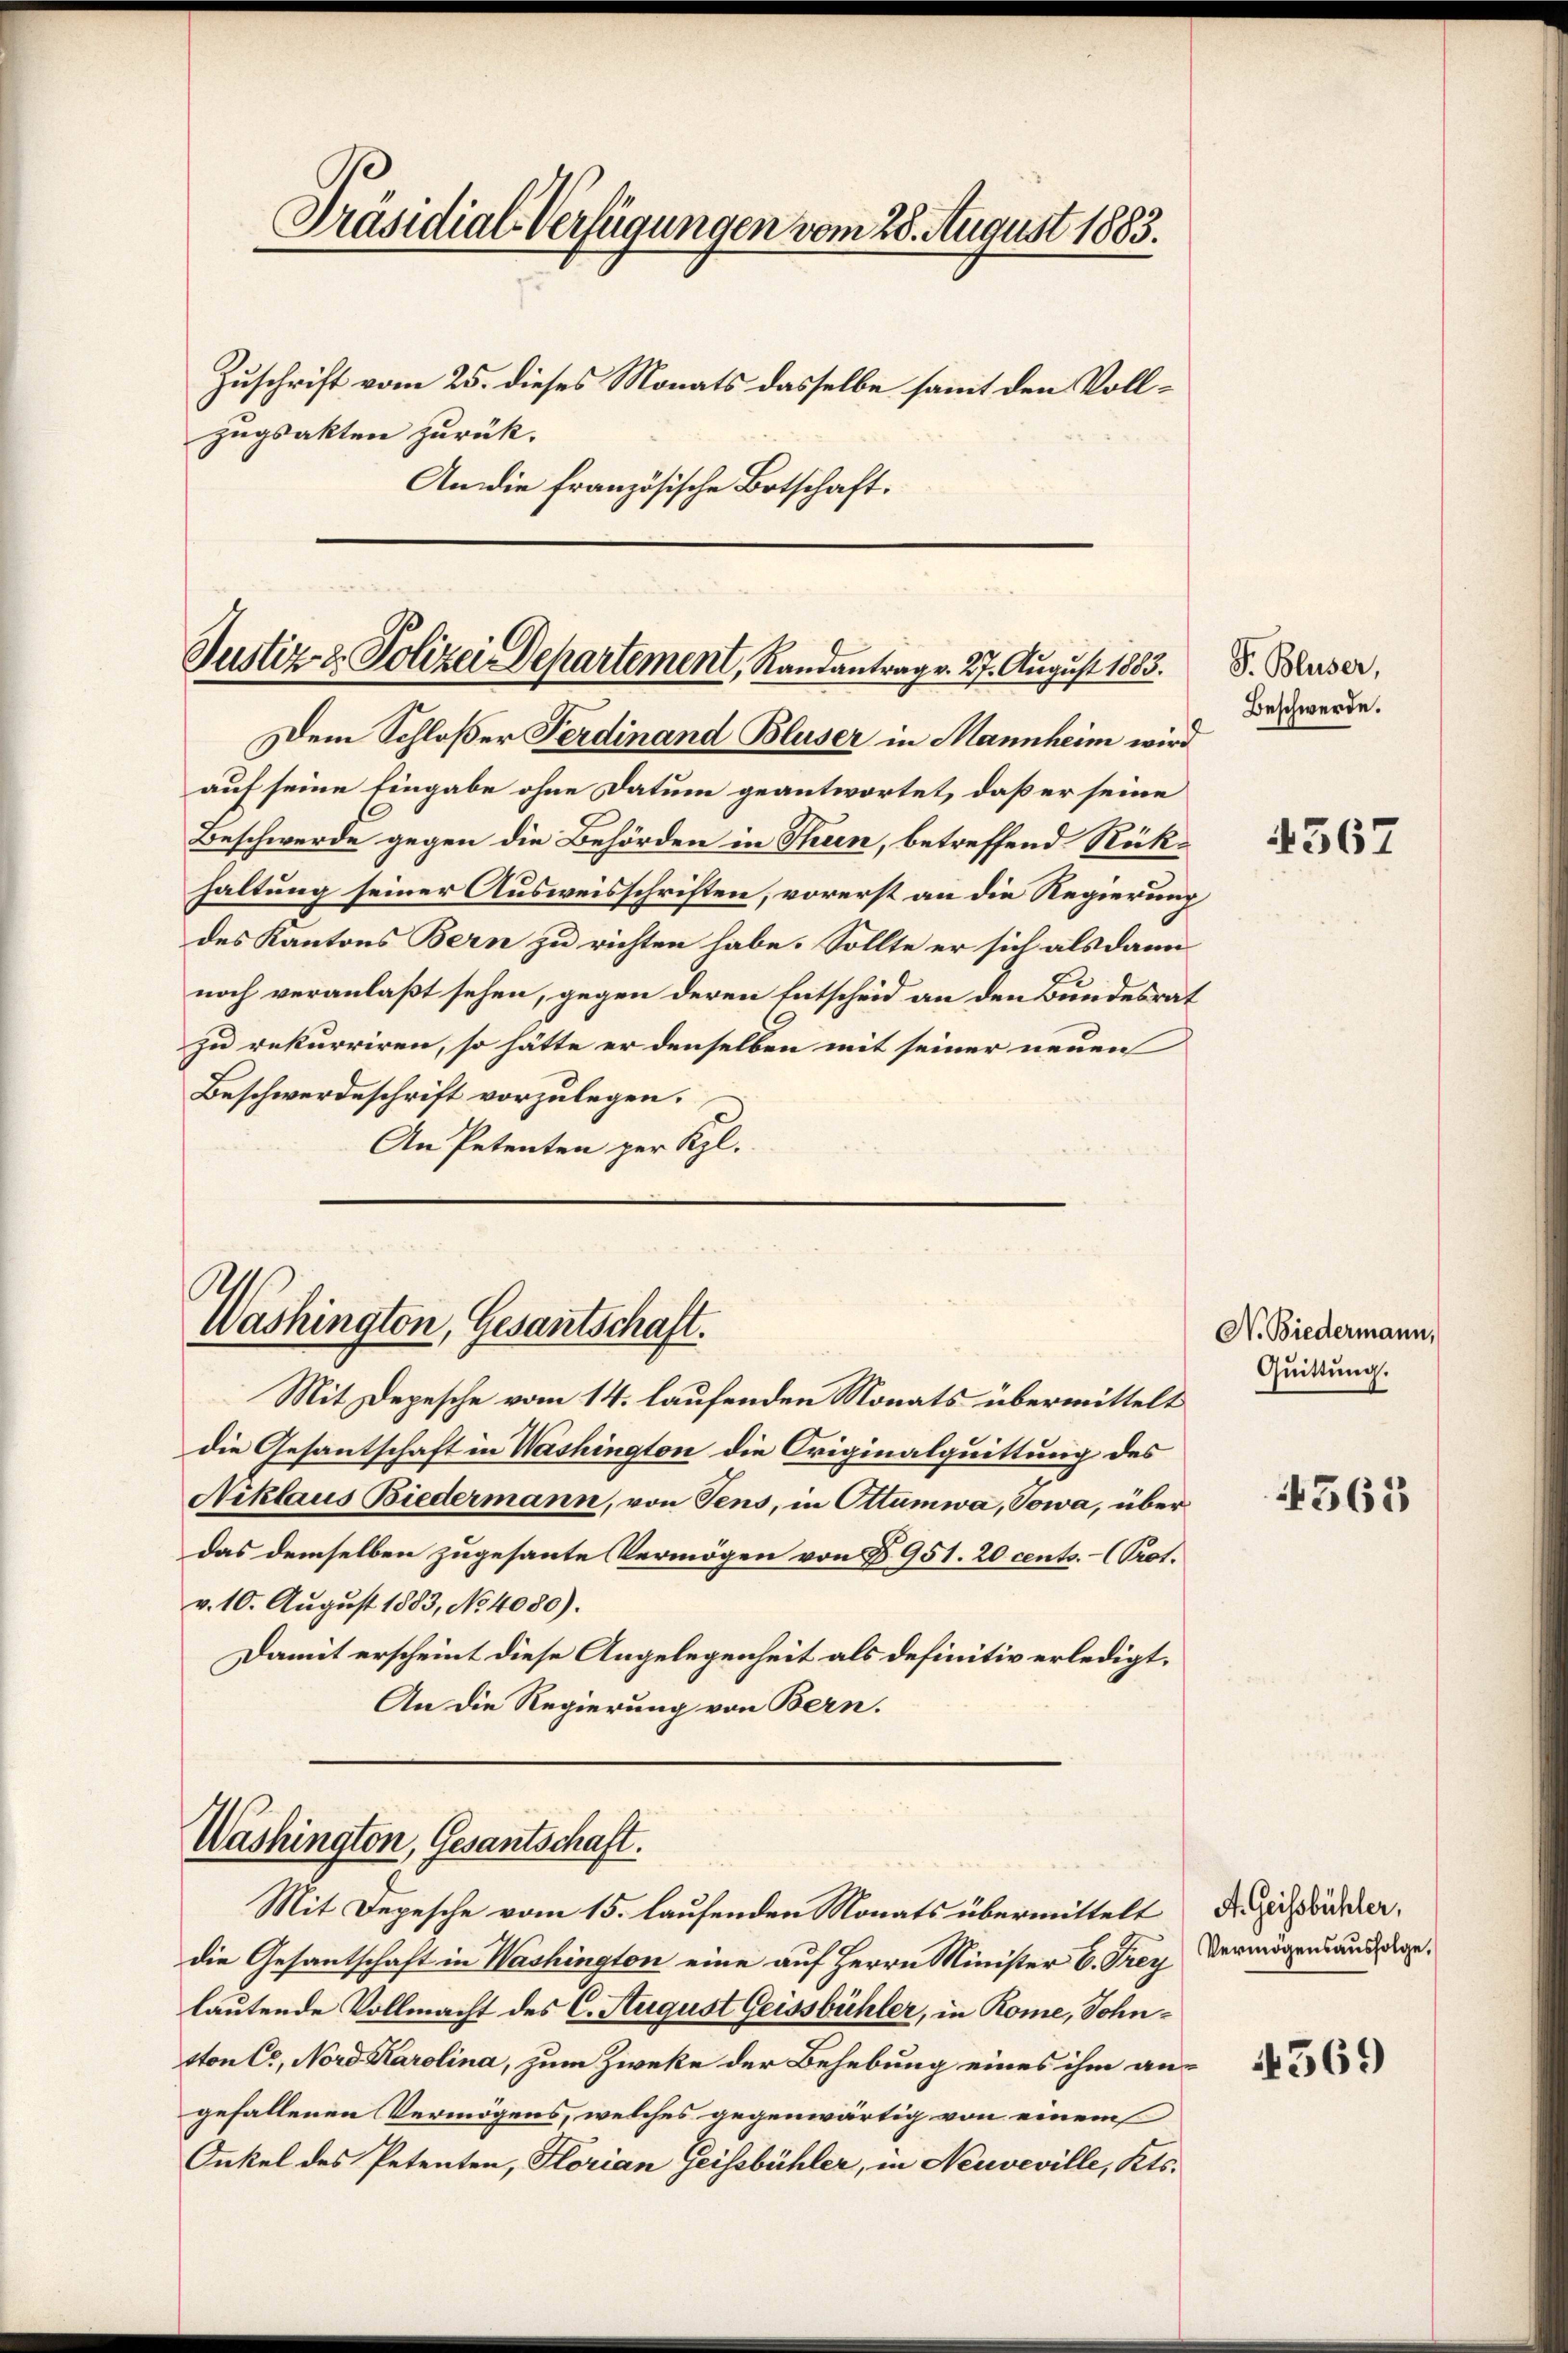
Präsidial-Verfügungen vom 28. August 1883.
Zuschrift vom 25. dieses Monats dasselbe somit den Voll¬
Zugsakten zurück.
An die französische Botschaft.

Justiz- & Polizei Departement, Randantrag v. 27. August 1883.

Dem Schloßer Ferdinand Bluser in Mannheim wird
auf seine Eingabe ohne Datum geantwortet, daß er seine
Beschwerde gegen die Behörden in Thun, betreffend Rückhaltung seiner Ausweisschriften, vorerst an die Regierung
des Kantons Bern zu richten habe. Sollte er sich als dann
noch veranlaßt sehen, gegen deren Entscheid an den Bundesrat
zu rekurriren, so hätte er denselben mit seiner neuen
Beschwerdeschrift vorzulegen.
An Petenten per Kl.

Washington, Gesantschaft.

Mit Depesche vom 14. laufenden Monats übermittelt
die Gesantschaft in Washington die Originalquittung des
Niklaus Biedermann, von Tens, in Ottümwa, Towa, über
das demselben zugesante Vermögen von § 951. 20 cents. - Prot.
v. 10. August 1883, No 4080).
Damit erscheint diese Angelegenheit als definitiv erledigt.
An die Regierung von Bern.

Washington, Gesantschaft.

Mit Depesche vom 15. laufenden Monats übermittelt die ihrer
die Gesantschaft in Washington eine auf Herrn Minister C. Frey
lautende Vollmacht des C. August Geissbühler, in Rome, Sohntton Co, Nord Karolina, zum Zweke der Behebung eines ihm angefallenen Vermögens, welches gegenwärtig von einem
Onkel des Petenten, Florian Geissbühler, in Neuveville, Kts.

S. Bluser,
Beschwerde.

4367

N. Biedermann,
Quittung.

4365

Vermögensausfolge.

4569